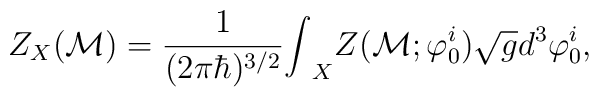
Z_{X} ({\cal M}) = \frac{1}{(2\pi\hbar)^{3/2}}                          {\int}_{X} Z({\cal M}; {\varphi}^                          i_0)                         \sqrt{g} d^3 {\varphi}^i_0,